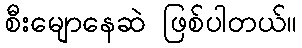
စီးမျောနေဆဲ ဖြစ်ပါတယ်။